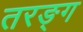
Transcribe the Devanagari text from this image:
तरङ्ग